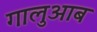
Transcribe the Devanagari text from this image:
गालुआब